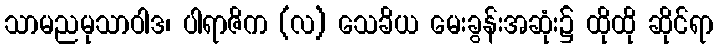
သာမညမုသာဝါဒ၊ ပါရာဇိက (လ) သေခိယ မေးခွန်းအဆုံး၌ ထိုထို ဆိုင်ရာ